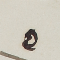
٥